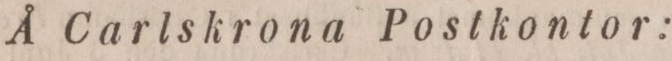
Å Carlskrona Postkontor: